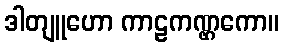
ဒါတျူဟော ကာဠကဏ္ဌကော။